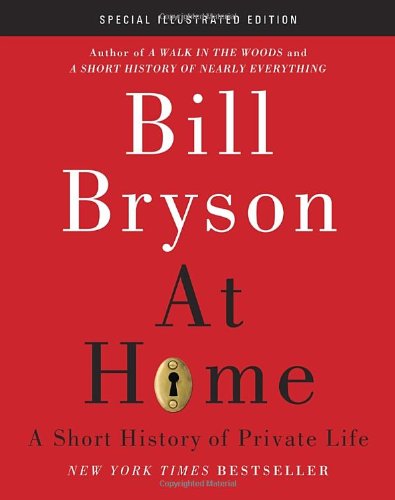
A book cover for At Home: Special Illustrated Edition: A Short History of Private Life; Bill Bryson; History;